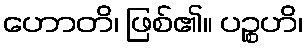
ဟောတိ၊ ဖြစ်၏။ ပဉ္စဟိ၊